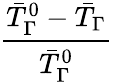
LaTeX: \frac{\bar{T}_{\Gamma}^{0}-\bar{T}_{\Gamma}}{\bar{T}_{\Gamma}^{0}}